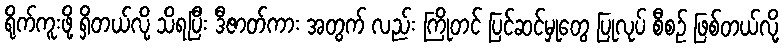
ရိုက်ကူးဖို့ ရှိတယ်လို့ သိရပြီး ဒီဇာတ်ကား အတွက် လည်း ကြိုတင် ပြင်ဆင်မှုတွေ ပြုလုပ် စီစဉ် ဖြစ်တယ်လို့